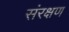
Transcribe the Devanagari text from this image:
संरक्षण